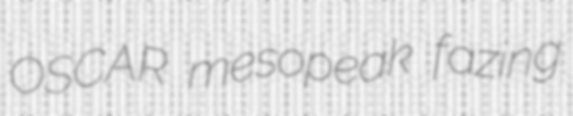
OSCAR mesopeak fazing